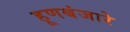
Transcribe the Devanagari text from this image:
हूणबंजारे